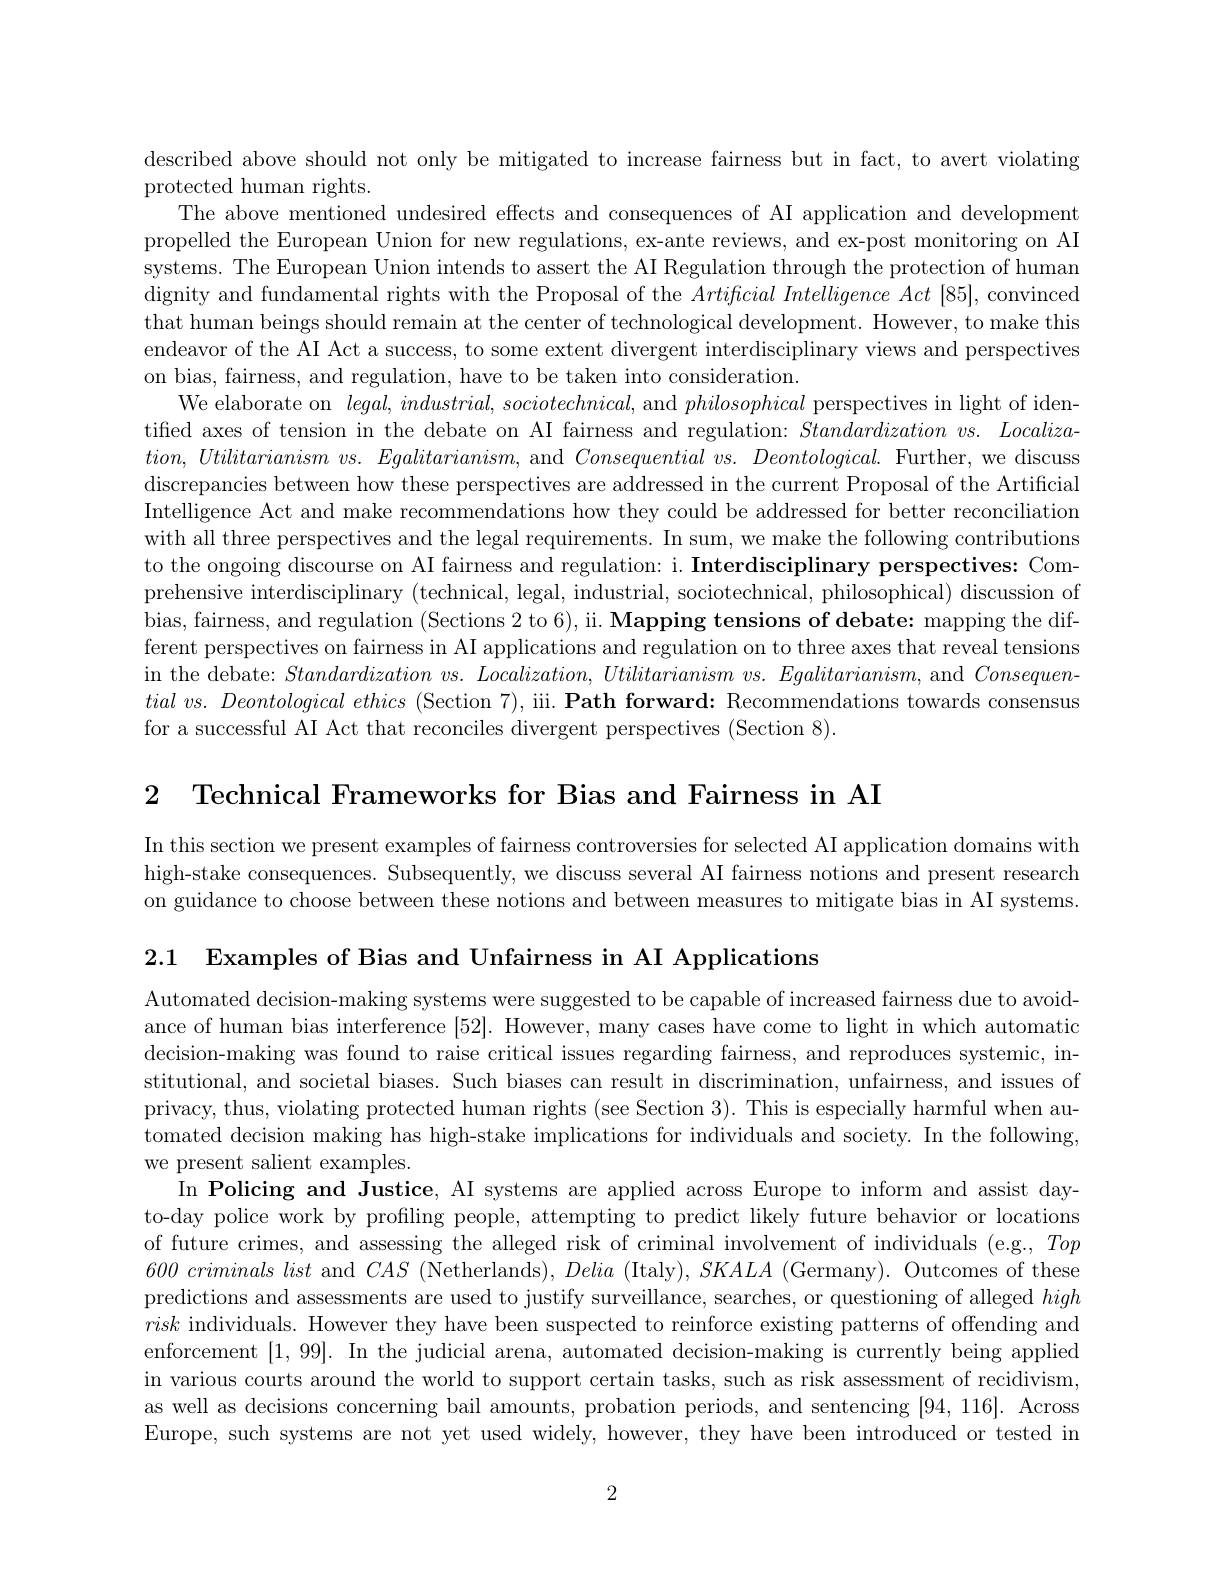
described above should not only be mitigated to increase fairness but in fact, to avert violating
protected human rights.
The above mentioned undesired effects and consequences of AI application and development propelled the European Union for new regulations, ex-ante reviews, and ex-post monitoring on AI systems. The European Union intends to assert the AI Regulation through the protection of human dignity and fundamental rights with the Proposal of the $Artificial\textit{ Intelligence Act }[ 85] $, convinced that human beings should remain at the center of technological development. However, to make this endeavor of the AI Act a success, to some extent divergent interdisciplinary views and perspectives on bias, fairness, and regulation, have to be taken into consideration.
We elaborate on $legal,industrial,sociotechnical$, and philosophical perspectives in light of identified axes of tension in the debate on AI fairness and regulation: Standardization vs. Localiza- $tion$, Utilitarianism $vs.$ $Egalitarianism$, and Consequential $vs.$ $Deontological.$ Further, we discuss discrepancies between how these perspectives are addressed in the current Proposal of the Artificial Intelligence Act and make recommendations how they could be addressed for better reconciliation with all three perspectives and the legal requirements. In sum, we make the following contributions to the ongoing discourse on AI fairness and regulation: i. Interdisciplinary perspectives: Comprehensive interdisciplinary (technical, legal, industrial, sociotechnical, philosophical) discussion of bias, fairness, and regulation (Sections 2 to 6), ii. Mapping tensions of debate: mapping the different perspectives on fairness in AI applications and regulation on to three axes that reveal tensions in the debate: Standardization vs. $Localization, \textit{ Utilitarianism vs. Egalitarianism, and Consequen- 1}$ $tial\textit{ vs. Deontological ethics ( Section 7) , iii. Path forward: Recommendations towards consensus}$ for a successful AI Act that reconciles divergent perspectives (Section 8).

2 Technical Frameworks for Bias and Fairness in AI

In this section we present examples of fairness controversies for selected AI application domains with high-stake consequences. Subsequently, we discuss several AI fairness notions and present research on guidance to choose between these notions and between measures to mitigate bias in AI systems.

2.1 Examples of Bias and Unfairness in AI Applications

Automated decision-making systems were suggested to be capable of increased fairness due to avoidance of human bias interference [52]. However, many cases have come to light in which automatic decision-making was found to raise critical issues regarding fairness, and reproduces systemic, institutional, and societal biases. Such biases can result in discrimination, unfairness, and issues of privacy, thus, violating protected human rights (see Section 3). This is especially harmful when automated decision making has high-stake implications for individuals and society. In the following, we present salient examples.
In Policing and Justice, AI systems are applied across Europe to inform and assist dayto-day police work by profiling people, attempting to predict likely future behavior or locations of future crimes, and assessing the alleged risk of criminal involvement of individuals (e.g., Top $600\textit{ criminals list and }CAS$ (Netherlands), Delia (Italy), $SKALA$ (Germany). Outcomes of these predictions and assessments are used to justify surveillance, searches, or questioning of alleged high risk individuals. However they have been suspected to reinforce existing patterns of offending and enforcement [1,99]. In the judicial arena, automated decision-making is currently being applied in various courts around the world to support certain tasks, such as risk assessment of recidivism, as well as decisions concerning bail amounts, probation periods, and sentencing [94,116]. Across Europe, such systems are not yet used widely, however, they have been introduced or tested in

2